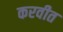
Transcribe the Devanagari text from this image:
करवीत